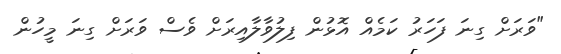
"ވަރަށް ގިނަ ފަހަރު ކަމެއް އޮޅުން ފިލުވާލާއިރަށް ވެސް ވަރަށް ގިނަ މީހުން